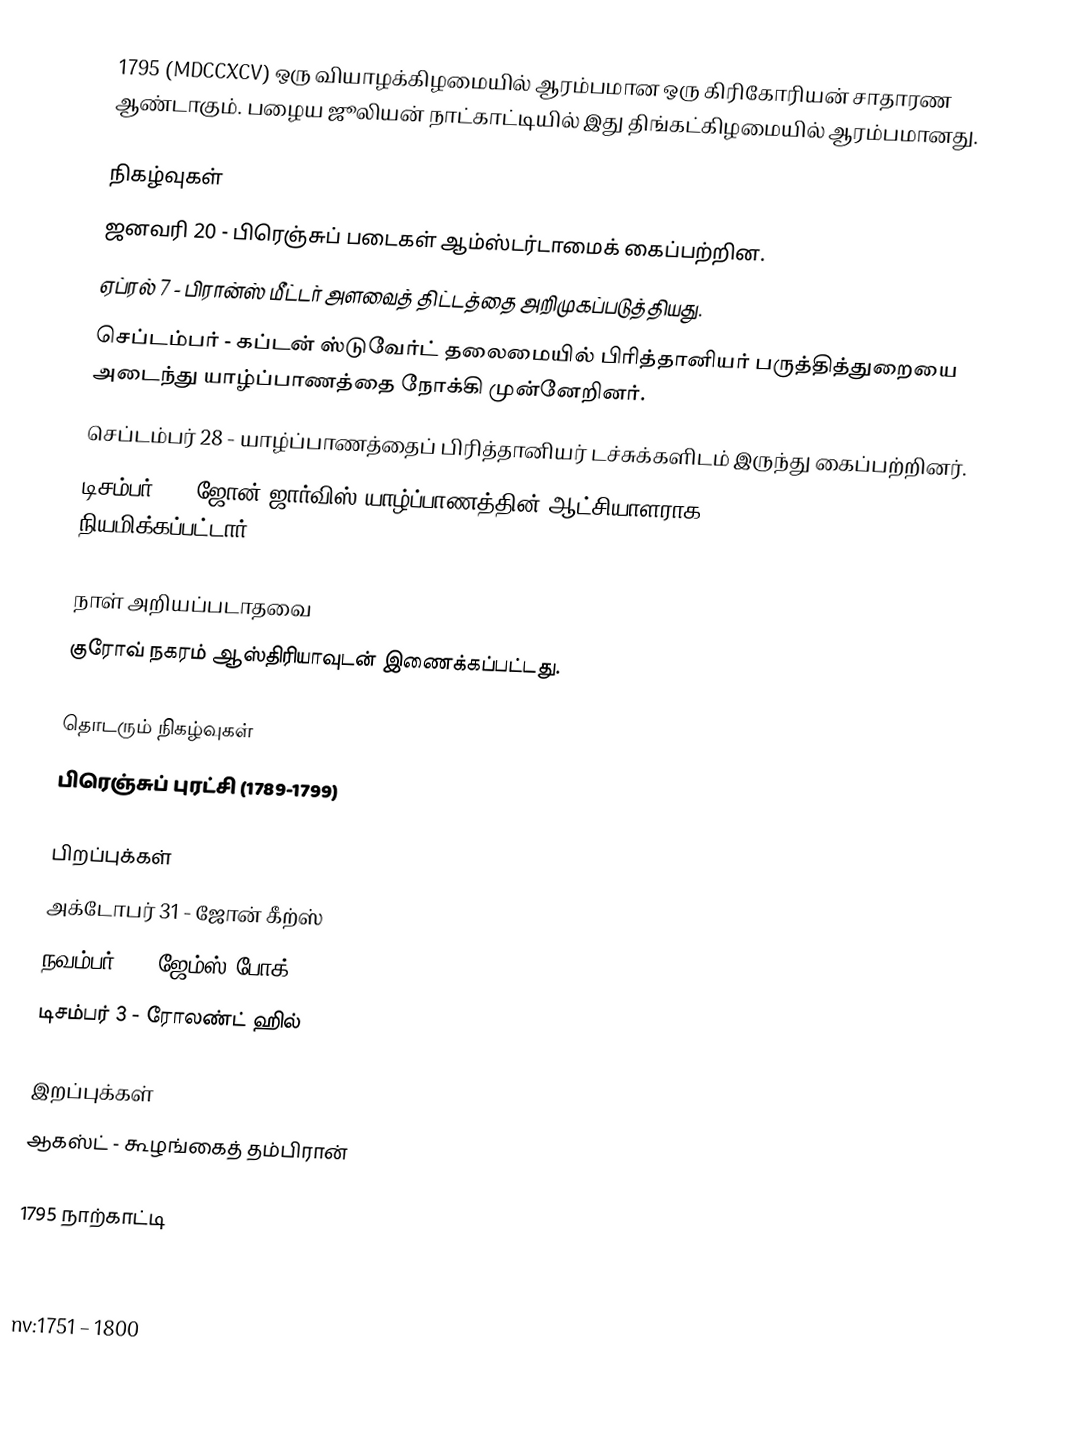
1795  (MDCCXCV) ஒரு வியாழக்கிழமையில் ஆரம்பமான ஒரு கிரிகோரியன் சாதாரண ஆண்டாகும். பழைய ஜூலியன் நாட்காட்டியில் இது திங்கட்கிழமையில் ஆரம்பமானது.

நிகழ்வுகள்
 ஜனவரி 20 - பிரெஞ்சுப் படைகள் ஆம்ஸ்டர்டாமைக் கைப்பற்றின.
 ஏப்ரல் 7 - பிரான்ஸ் மீட்டர் அளவைத் திட்டத்தை அறிமுகப்படுத்தியது.
 செப்டம்பர் - கப்டன் ஸ்டுவேர்ட் தலைமையில் பிரித்தானியர் பருத்தித்துறையை அடைந்து யாழ்ப்பாணத்தை நோக்கி முன்னேறினர்.
 செப்டம்பர் 28 - யாழ்ப்பாணத்தைப் பிரித்தானியர் டச்சுக்களிடம் இருந்து கைப்பற்றினர்.
 டிசம்பர் 3 - ஜோன் ஜார்விஸ் யாழ்ப்பாணத்தின் ஆட்சியாளராக (Collector) நியமிக்கப்பட்டார்.

நாள் அறியப்படாதவை
 குரோவ் நகரம் ஆஸ்திரியாவுடன் இணைக்கப்பட்டது.

தொடரும் நிகழ்வுகள்
 பிரெஞ்சுப் புரட்சி (1789-1799)

பிறப்புக்கள்
 அக்டோபர் 31 - ஜோன் கீற்ஸ்
 நவம்பர் 3 - ஜேம்ஸ் போக்
 டிசம்பர் 3 - ரோலண்ட் ஹில்

இறப்புக்கள்
 ஆகஸ்ட் - கூழங்கைத் தம்பிரான்

1795 நாற்காட்டி

nv:1751 – 1800